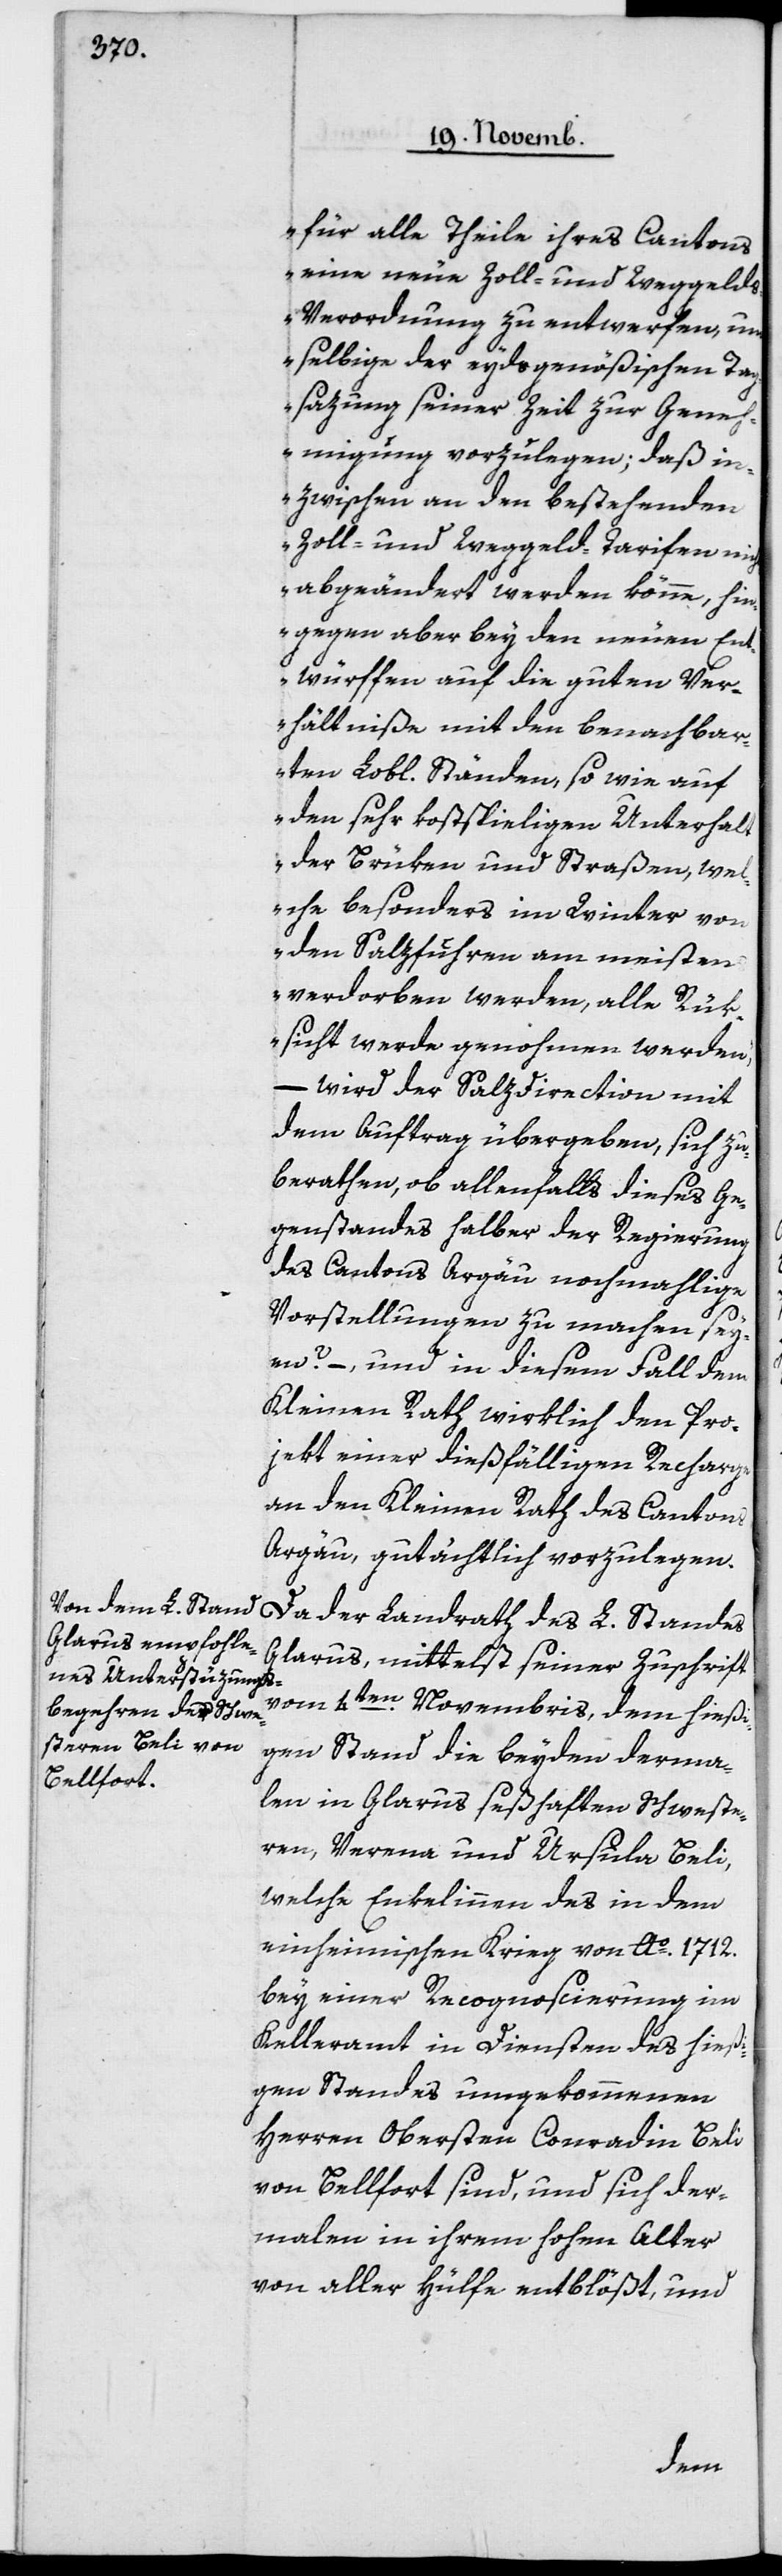
für alle Theile ihres Cantons
eine neue Zoll- und Weggeld¬
s-Verordnung zu entwerfen, um
selbige der eydsgenößischen Ta¬
gsazung seiner Zeit zur Geneh¬
migung vorzulegen; daß in¬
zwischen an den bestehenden
Zoll- und Weggeld-Tarifen nichts
abgeändert werden könne, hin¬
gegen aber bey den neuen Ent¬
würffen auf die guten Ver¬
hältniße mit den benachbar¬
ten Lobl. Ständen, so wie auf
den sehr kostspieligen Unterhalt
der Brüken und Straßen, wel¬
che besonders im Winter von
den Salzfuhren am meisten
verdorben werden, alle Rük¬
sicht werde genommen werden“,
– wird der Salzdirection mit
dem Auftrag übergeben, sich zu
berathen, ob allenfalls dieses Ge¬
genstands halber der Regierung
des Cantons Argau nochmahlige
Vorstellungen zu machen sey¬
en? – und in diesem Fall dem
Kleinen Rath wirklich den Pro¬
ject einer dießfälligen Recharge
an den Kleinen Rath des Cantons
Argau, gutächtlich vorzulegen.
Da der Landrath des L. Standes
Glarus, mittelst seiner Zuschrift
vom 4ten Novembris, dem hießi¬
gen Stand die beyden derma¬
len in Glarus seßhaften Schweste¬
ren, Verena und Ursula Beli,
welche Enkelinnen des in dem
einheimischen Krieg von Ao 1712
bey einer Recognoscierung im
Kelleramt in Diensten des hießi¬
gen Standes umgekommenen
Herren Obersten Conradin Beli
von Bellfort sind, und sich der¬
malen in ihrem hohen Alter
von aller Hülfe entblößt, und